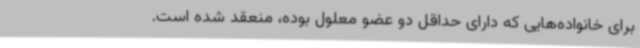
برای خانواده‌هایی که دارای حداقل دو عضو معلول بوده، منعقد شده است.